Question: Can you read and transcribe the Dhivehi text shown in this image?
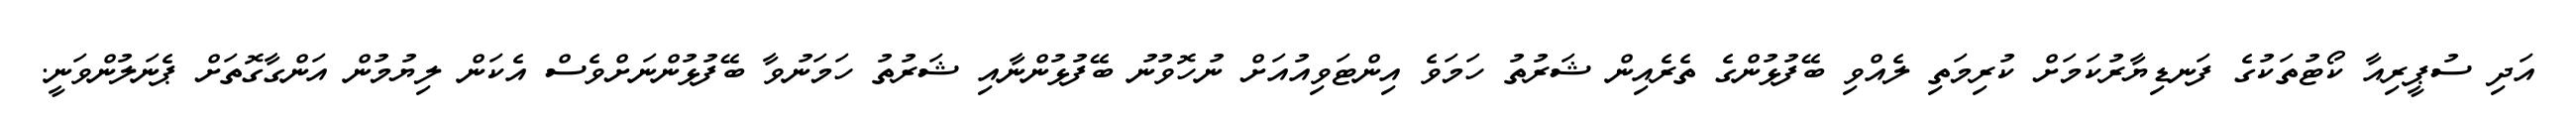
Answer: އަދި ސުޕީރިއާ ކޯޓުތަކުގެ ފަނޑިޔާރުކަމަށް ކުރިމަތި ލެއްވި ބޭފުޅުންގެ ތެރެއިން ޝަރުތު ހަމަވެ އިންޓަވިއުއަށް ނުހޮވުނު ބޭފުޅުންނާއި ޝަރުތު ހަމަނުވާ ބޭފުޅުންނަށްވެސް އެކަން ލިޔުމުން އަންގާގޮތަށް ޕެނަލުންވަނީ.